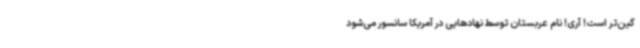
گین‌تر است! آری! نام عربستان توسط نهادهایی در آمریکا سانسور می‌شود